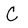
Character: C